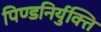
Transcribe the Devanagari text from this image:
पिण्डनिर्युक्ति